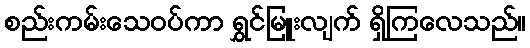
စည်းကမ်းသေဝပ်ကာ ရွှင်မြူးလျက် ရှိကြလေသည်။